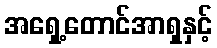
အရှေ့တောင်အာရှနှင့်